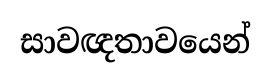
සාවඥතාවයෙන්